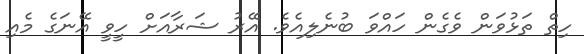
ހިތް ތަޅުވަން ވެގެން ހައްވަ ބުނެލިއެވެ. އޭރު ޝަރާއަށް ހީވީ އޭނަގެ މެއި